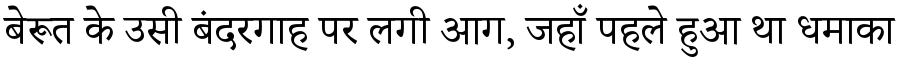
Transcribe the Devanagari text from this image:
बेरूत के उसी बंदरगाह पर लगी आग, जहाँ पहले हुआ था धमाका